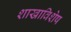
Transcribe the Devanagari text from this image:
शाखाविशेष